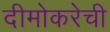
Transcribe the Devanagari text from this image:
दीमोकरेची